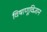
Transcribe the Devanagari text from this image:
विषाणूविज्ञान